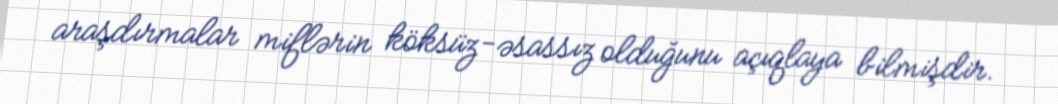
araşdırmalar miflərin köksüz-əsassız olduğunu açıqlaya bilmişdir.